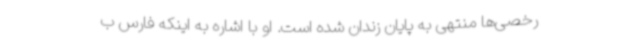
رخصی‌ها منتهی به پایان زندان شده است. او با اشاره به اینکه فارس ب